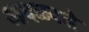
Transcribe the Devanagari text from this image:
आदळवले